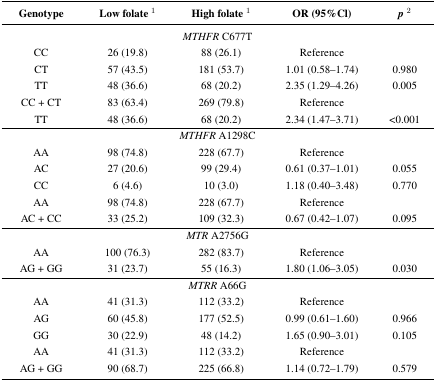
<table><thead><tr><td><b>Genotype</b></td><td><b>Low folate <sup>1</sup></b></td><td><b>High folate <sup>1</sup></b></td><td><b>OR (95%Cl)</b></td><td><b><i>p</i><sup>2</sup></b></td></tr></thead><tbody><tr><td colspan="5"><i>MTHFR</i> C677T</td></tr><tr><td>CC</td><td>26 (19.8)</td><td>88 (26.1)</td><td>Reference</td><td></td></tr><tr><td>CT</td><td>57 (43.5)</td><td>181 (53.7)</td><td>1.01 (0.58–1.74)</td><td>0.980</td></tr><tr><td>TT</td><td>48 (36.6)</td><td>68 (20.2)</td><td>2.35 (1.29–4.26)</td><td>0.005</td></tr><tr><td>CC + CT</td><td>83 (63.4)</td><td>269 (79.8)</td><td>Reference</td><td></td></tr><tr><td>TT</td><td>48 (36.6)</td><td>68 (20.2)</td><td>2.34 (1.47–3.71)</td><td>&lt;0.001</td></tr><tr><td colspan="5"><i>MTHFR</i> A1298C</td></tr><tr><td>AA</td><td>98 (74.8)</td><td>228 (67.7)</td><td>Reference</td><td></td></tr><tr><td>AC</td><td>27 (20.6)</td><td>99 (29.4)</td><td>0.61 (0.37–1.01)</td><td>0.055</td></tr><tr><td>CC</td><td>6 (4.6)</td><td>10 (3.0)</td><td>1.18 (0.40–3.48)</td><td>0.770</td></tr><tr><td>AA</td><td>98 (74.8)</td><td>228 (67.7)</td><td>Reference</td><td></td></tr><tr><td>AC + CC</td><td>33 (25.2)</td><td>109 (32.3)</td><td>0.67 (0.42–1.07)</td><td>0.095</td></tr><tr><td colspan="5"><i>MTR</i> A2756G</td></tr><tr><td>AA</td><td>100 (76.3)</td><td>282 (83.7)</td><td>Reference</td><td></td></tr><tr><td>AG + GG</td><td>31 (23.7)</td><td>55 (16.3)</td><td>1.80 (1.06–3.05)</td><td>0.030</td></tr><tr><td colspan="5"><i>MTRR</i> A66G</td></tr><tr><td>AA</td><td>41 (31.3)</td><td>112 (33.2)</td><td>Reference</td><td></td></tr><tr><td>AG</td><td>60 (45.8)</td><td>177 (52.5)</td><td>0.99 (0.61–1.60)</td><td>0.966</td></tr><tr><td>GG</td><td>30 (22.9)</td><td>48 (14.2)</td><td>1.65 (0.90–3.01)</td><td>0.105</td></tr><tr><td>AA</td><td>41 (31.3)</td><td>112 (33.2)</td><td>Reference</td><td></td></tr><tr><td>AG + GG</td><td>90 (68.7)</td><td>225 (66.8)</td><td>1.14 (0.72–1.79)</td><td>0.579</td></tr></tbody></table>